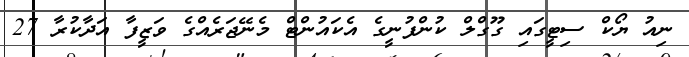
ނިއު ޔޯކް ސިޓީގައި ގޫގްލް ކުންފުނީގެ އެކައުންޓް މެނޭޖަރެއްގެ ވަޒީފާ އަދާކުރާ 27